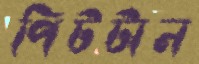
পিটটান